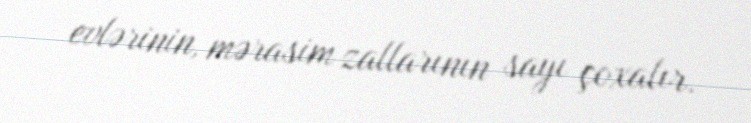
evlərinin, mərasim zallarının sayı çoxalır.